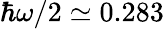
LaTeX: \hbar\omega/2\simeq 0.283